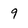
Character: 9